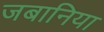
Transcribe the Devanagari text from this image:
जबानिया